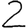
Digit: 2